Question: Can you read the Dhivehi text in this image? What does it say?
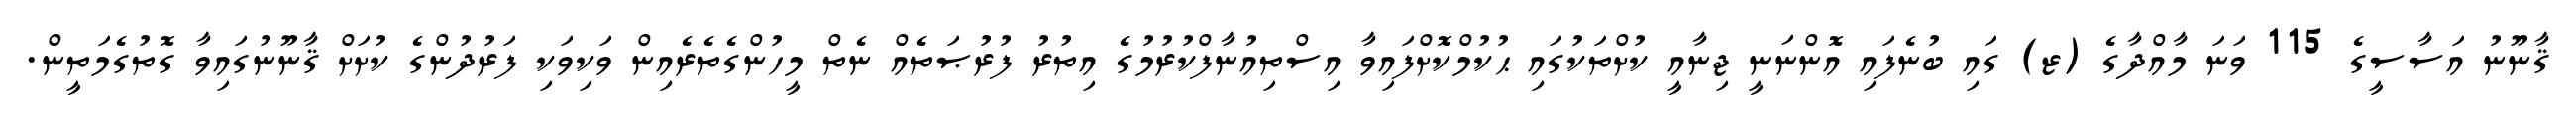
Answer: ޤާނޫނު އަސާސީގެ 115 ވަނަ މާއްދާގެ (ޒ) ގައި ބުނެފައި އޮންނަނީ ޖިނާއީ ކުށްތަކުގައި ޙުކުމްކޮށްފައިވާ އިސްތިއުނާފްކުރުމުގެ އިތުރު ފުރުޞަތެއް ނެތް މީހުންގެތެރެއިން ވަކިވަކި ފަރުދުންގެ ކުށަށް ޤާނޫނުގައިވާ ގޮތުގެމަތީން.